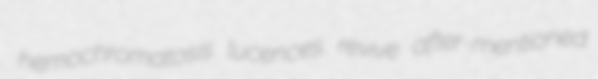
hemochromatosis lucences revive after-mentioned